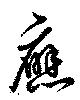
應